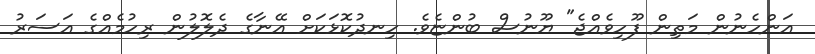
އަންހެނުން މަތިން ފޫހިވެއްޖެ" ޔޫނުސް ބުންޏެވެ. ހިނދުކޮޅަކަށް އޭނާގެ ދެލޮލުން ރިހުމެއްގެ އަސަރު